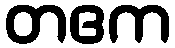
တဧက